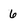
Character: 6